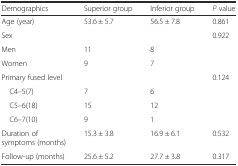
<table><thead><tr><td><b>Demographics</b></td><td><b>Superior group</b></td><td><b>Inferior group</b></td><td><b><i>P</i> value</b></td></tr></thead><tbody><tr><td>Age (year)</td><td>53.6 ± 5.7</td><td>56.5 ± 7.8</td><td>0.861</td></tr><tr><td>Sex</td><td></td><td></td><td>0.922</td></tr><tr><td>Men</td><td>11</td><td>8</td><td></td></tr><tr><td>Women</td><td>9</td><td>7</td><td></td></tr><tr><td colspan="2">Primary fused level</td><td></td><td>0.124</td></tr><tr><td> C4–5(7)</td><td>7</td><td>6</td><td></td></tr><tr><td> C5–6(18)</td><td>15</td><td>12</td><td></td></tr><tr><td> C6–7(10)</td><td>9</td><td>1</td><td></td></tr><tr><td>Duration of symptoms (months)</td><td>15.3 ± 3.8</td><td>16.9 ± 6.1</td><td>0.532</td></tr><tr><td>Follow-up (months)</td><td>25.6 ± 5.2</td><td>27.7 ± 3.8</td><td>0.317</td></tr></tbody></table>